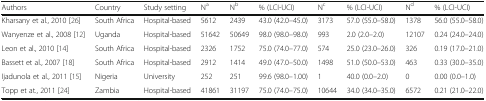
| Authors | Country | Study setting | Na | Nb | % (LCI-UCI) | Nc | % (LCI-UCI) | Nd | % (LCI-UCI) |
 | --- | --- | --- | --- | --- | --- | --- | --- | --- | --- |
 | Kharsany et al., 2010 [26] | South Africa | Hospital-based | 5612 | 2439 | 43.0 (42.0–45.0) | 3173 | 57.0 (55.0–58.0) | 1378 | 56.0 (55.0–58.0) |
 | Wanyenze et al., 2008 [12] | Uganda | Hospital-based | 51642 | 50649 | 98.0 (98.0–98.0) | 993 | 2.0 (2.0–2.0) | 12107 | 0.24 (24.0–24.0) |
 | Leon et al., 2010 [14] | South Africa | Hospital-based | 2326 | 1752 | 75.0 (74.0–77.0) | 574 | 25.0 (23.0–26.0) | 326 | 0.19 (17.0–21.0) |
 | Bassett et al., 2007 [18] | South Africa | Hospital-based | 2912 | 1414 | 49.0 (47.0–50.0) | 1498 | 51.0 (50.0–53.0) | 463 | 0.33 (30.0–35.0) |
 | Ijadunola et al., 2011 [15] | Nigeria | University | 252 | 251 | 99.6 (98.0–1.00) | 1 | 40.0 (0.0–2.0) | 0 | 0.00 (0.0–1.0) |
 | Topp et at., 2011 [24] | Zambia | Hospital-based | 41861 | 31197 | 75.0 (74.0–75.0) | 10644 | 34.0 (34.0–35.0) | 6572 | 0.21 (21.0–22.0) |